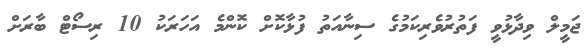
ޖަމީލް ވިދާޅުވީ ފަތުރުވެރިކަމުގެ ސިނާއަތު ފުޅާކޮށް ކޮންމެ އަހަރަކު 10 ރިސޯޓް ބާރަށް